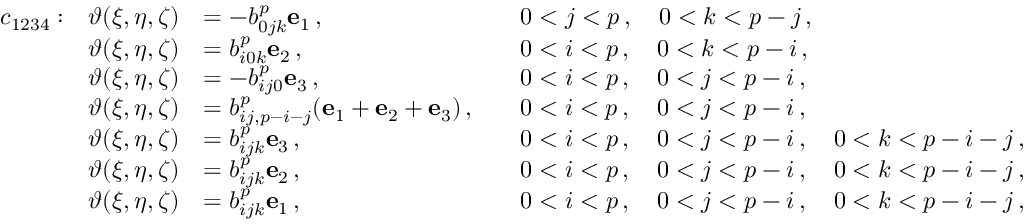
\begin{array} { r l r l r l } & { c _ { 1 2 3 4 } : } & { \boldsymbol { \vartheta } ( \xi , \eta , \zeta ) } & { = - b _ { 0 j k } ^ { p } \mathbf { e } _ { 1 } \, , } & & { 0 < j < p \, , \quad 0 < k < p - j \, , } \\ & { } & { \boldsymbol { \vartheta } ( \xi , \eta , \zeta ) } & { = b _ { i 0 k } ^ { p } \mathbf { e } _ { 2 } \, , } & & { 0 < i < p \, , \quad 0 < k < p - i \, , } \\ & { } & { \boldsymbol { \vartheta } ( \xi , \eta , \zeta ) } & { = - b _ { i j 0 } ^ { p } \mathbf { e } _ { 3 } \, , } & & { 0 < i < p \, , \quad 0 < j < p - i \, , } \\ & { } & { \boldsymbol { \vartheta } ( \xi , \eta , \zeta ) } & { = b _ { i j , p - i - j } ^ { p } ( \mathbf { e } _ { 1 } + \mathbf { e } _ { 2 } + \mathbf { e } _ { 3 } ) \, , } & & { 0 < i < p \, , \quad 0 < j < p - i \, , } \\ & { } & { \boldsymbol { \vartheta } ( \xi , \eta , \zeta ) } & { = b _ { i j k } ^ { p } \mathbf { e } _ { 3 } \, , } & & { 0 < i < p \, , \quad 0 < j < p - i \, , \quad 0 < k < p - i - j \, , } \\ & { } & { \boldsymbol { \vartheta } ( \xi , \eta , \zeta ) } & { = b _ { i j k } ^ { p } \mathbf { e } _ { 2 } \, , } & & { 0 < i < p \, , \quad 0 < j < p - i \, , \quad 0 < k < p - i - j \, , } \\ & { } & { \boldsymbol { \vartheta } ( \xi , \eta , \zeta ) } & { = b _ { i j k } ^ { p } \mathbf { e } _ { 1 } \, , } & & { 0 < i < p \, , \quad 0 < j < p - i \, , \quad 0 < k < p - i - j \, , } \end{array}